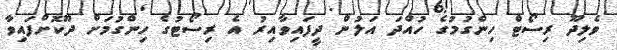
ވެލިދޫ ރިސޯޓް ހިންގުމުގެ ހުއްދަ އަލުން ދީފައިވާއިރު އެ ރިސޯޓުގެ ހިންގުމަށް ދޫކޮށްފައިވާ